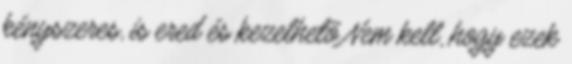
kényszeres, is ered és kezelhetõ Nem kell, hogy ezek